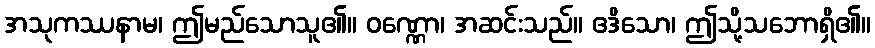
အသုကဿနာမ၊ ဤမည်သောသူ၏။ ဝဏ္ဏော၊ အဆင်းသည်။ ဧဒိသော၊ ဤသို့သဘောရှိ၏။